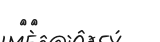
٢٢